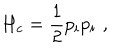
LaTeX: H _ { c } = { \frac { 1 } { 2 } } p _ { i } p _ { i } \, \, ,